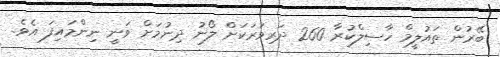
ބޭރުން ތައުލީމް ހާސިލްކުރާ 260 ދަރިވަރަކަށް ލޯނު ދިނުމަށް ވަނީ ނިންމައިފަ އެވެ.